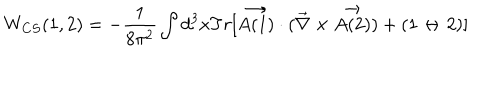
W _ { C S } ( 1 , 2 ) = - \frac { 1 } { 8 \pi ^ { 2 } } \int d ^ { 3 } x T r [ \vec { A ( 1 ) } \cdot ( \vec { \nabla } \times \vec { A ( 2 ) } ) + ( 1 \leftrightarrow 2 ) ]